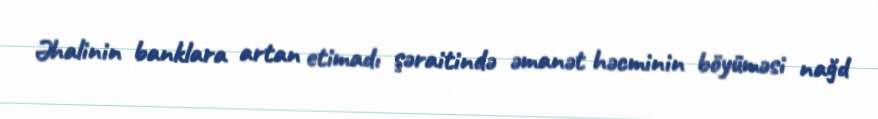
Əhalinin banklara artan etimadı şəraitində əmanət həcminin böyüməsi nağd